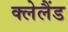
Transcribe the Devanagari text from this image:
क्लेलैंड